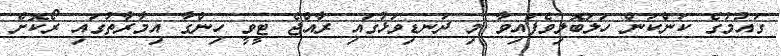
ގައުމުގެ ކަންކަން ހަލަބޮލިވެފައިވާ މި ދަނޑިވަޅުގައި ރާއްޖެ ޓީވީ ހިންގާ އިމާރާތުގައި ރޯކޮށް